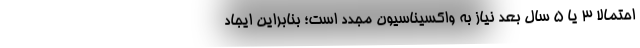
احتمالا 3 یا 5 سال بعد نیاز به واکسیناسیون مجدد است؛ بنابراین ایجاد